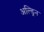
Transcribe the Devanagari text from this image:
अल्ड्रिन